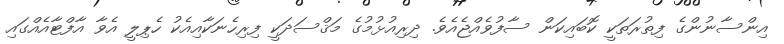
އިންސާނުންގެ ފިތުރަތަކީ ކޮބައިކަން ސާފުވެއްޖެއެވެ. ދިރިއުޅުމުގެ މަޤްސަދަކީ ފިރިހެނަކާއިއެކު ހެޕިލީ އެވާ އާފްޓާއެއްގައި